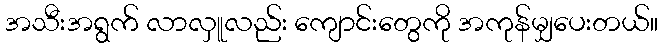
အသီးအရွက် လာလှူလည်း ကျောင်းတွေကို အကုန်မျှပေးတယ်။